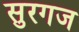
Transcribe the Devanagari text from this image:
सुरगज